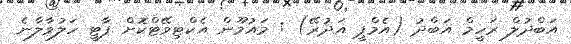
އަބްދުލް ރަހީމް އަބްދު (އެމްޕީ އަދުރޭ) : މައުމޫން އެކްޓިވޭޓްކޮށް ޕާޓީ ހަލުވާލާނެ